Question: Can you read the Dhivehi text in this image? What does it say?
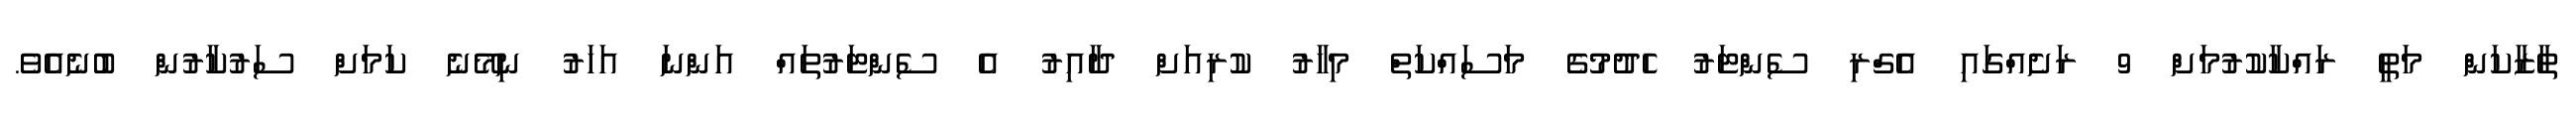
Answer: ތާޒާކަން މަތީ ރައްކާކުރުމަށް 9 ރަށެއްގައި އެގްރި ސެންޓަރު ހެދުމުގެ މަސައްކަތް މިހާރު ކުރިއަށް ދާއިރު އެ ސެންޓަރުތައް އަންނަ އަހަރު ނިމޭނެ ކަމަށް ސަރުކާރުން ބުނެއެވެ.